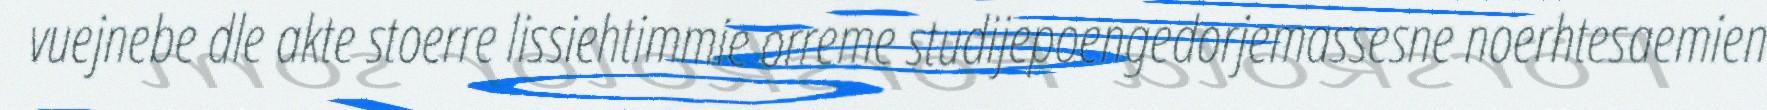
vuejnebe dle akte stoerre lissiehtimmie orreme studijepoengedorjemassesne noerhtesaemien